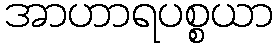
အာဟာရပစ္စယာ